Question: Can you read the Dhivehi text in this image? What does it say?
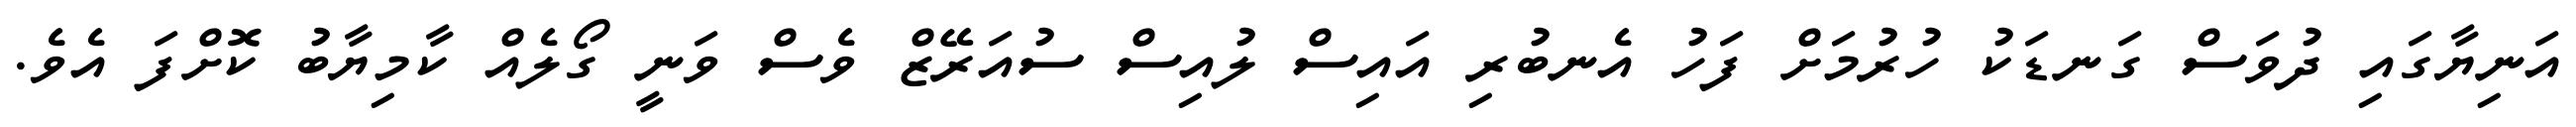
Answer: އަނިޔާގައި ދުވަސް ގަނޑަކު ހުރުމަށް ފަހު އެނބުރި އައިސް ލުއިސް ސުއަރޭޒް ވެސް ވަނީ ގޯލެއް ކާމިޔާބު ކޮށްފަ އެވެ.